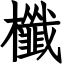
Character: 櫼